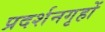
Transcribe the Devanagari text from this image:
प्रदर्शनगृहों